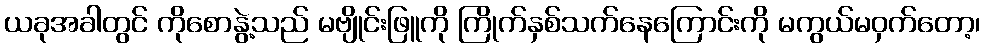
ယခုအခါတွင် ကိုစောနွဲ့သည် မဗျိုင်းဖြူကို ကြိုက်နှစ်သက်နေကြောင်းကို မကွယ်မဝှက်တော့၊